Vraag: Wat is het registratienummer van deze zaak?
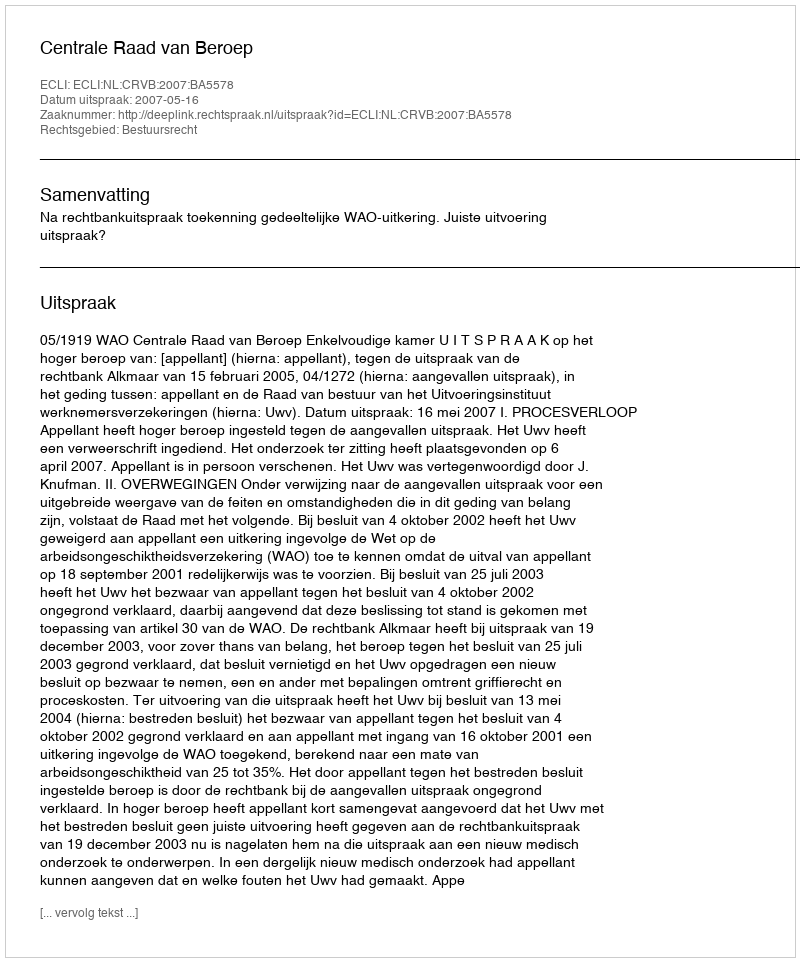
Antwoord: http://deeplink.rechtspraak.nl/uitspraak?id=ECLI:NL:CRVB:2007:BA5578